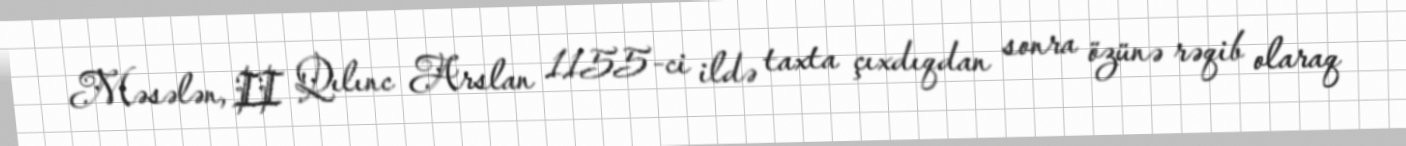
Məsələn, II Qılınc Arslan 1155-ci ildə taxta çıxdıqdan sonra özünə rəqib olaraq